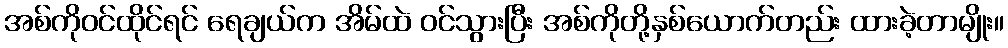
အစ်ကိုဝင်ထိုင်ရင် ရေချယ်က အိမ်ထဲ ဝင်သွားပြီး အစ်ကိုတို့နှစ်ယောက်တည်း ထားခဲ့တာမျိုး။